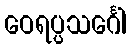
ဝေရပ္ပသင်္ဂေါ